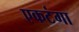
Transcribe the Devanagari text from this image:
एकटंगा